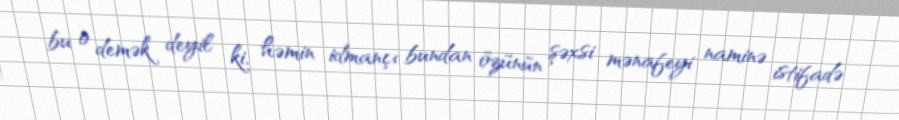
bu o demək deyil ki, həmin idmançı bundan özünün şəxsi mənafeyi naminə istifadə